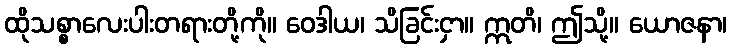
ထိုသစ္စာလေးပါးတရားတို့ကို။ ဝေဒါယ၊ သိခြင်းငှာ။ ဣတိ၊ ဤသို့။ ယောဇနာ၊